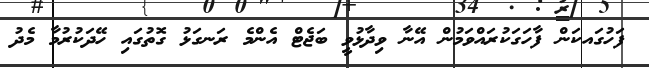
ފަހުގައކަން ފާހަގަކުރައްވަމުން އޭނާ ވިދާޅުވީ ބަޖެޓް އެންމެ ރަނގަޅު ގޮތުގައި ހޭދަކުރުމާ މެދު